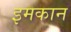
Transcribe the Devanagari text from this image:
इमकान